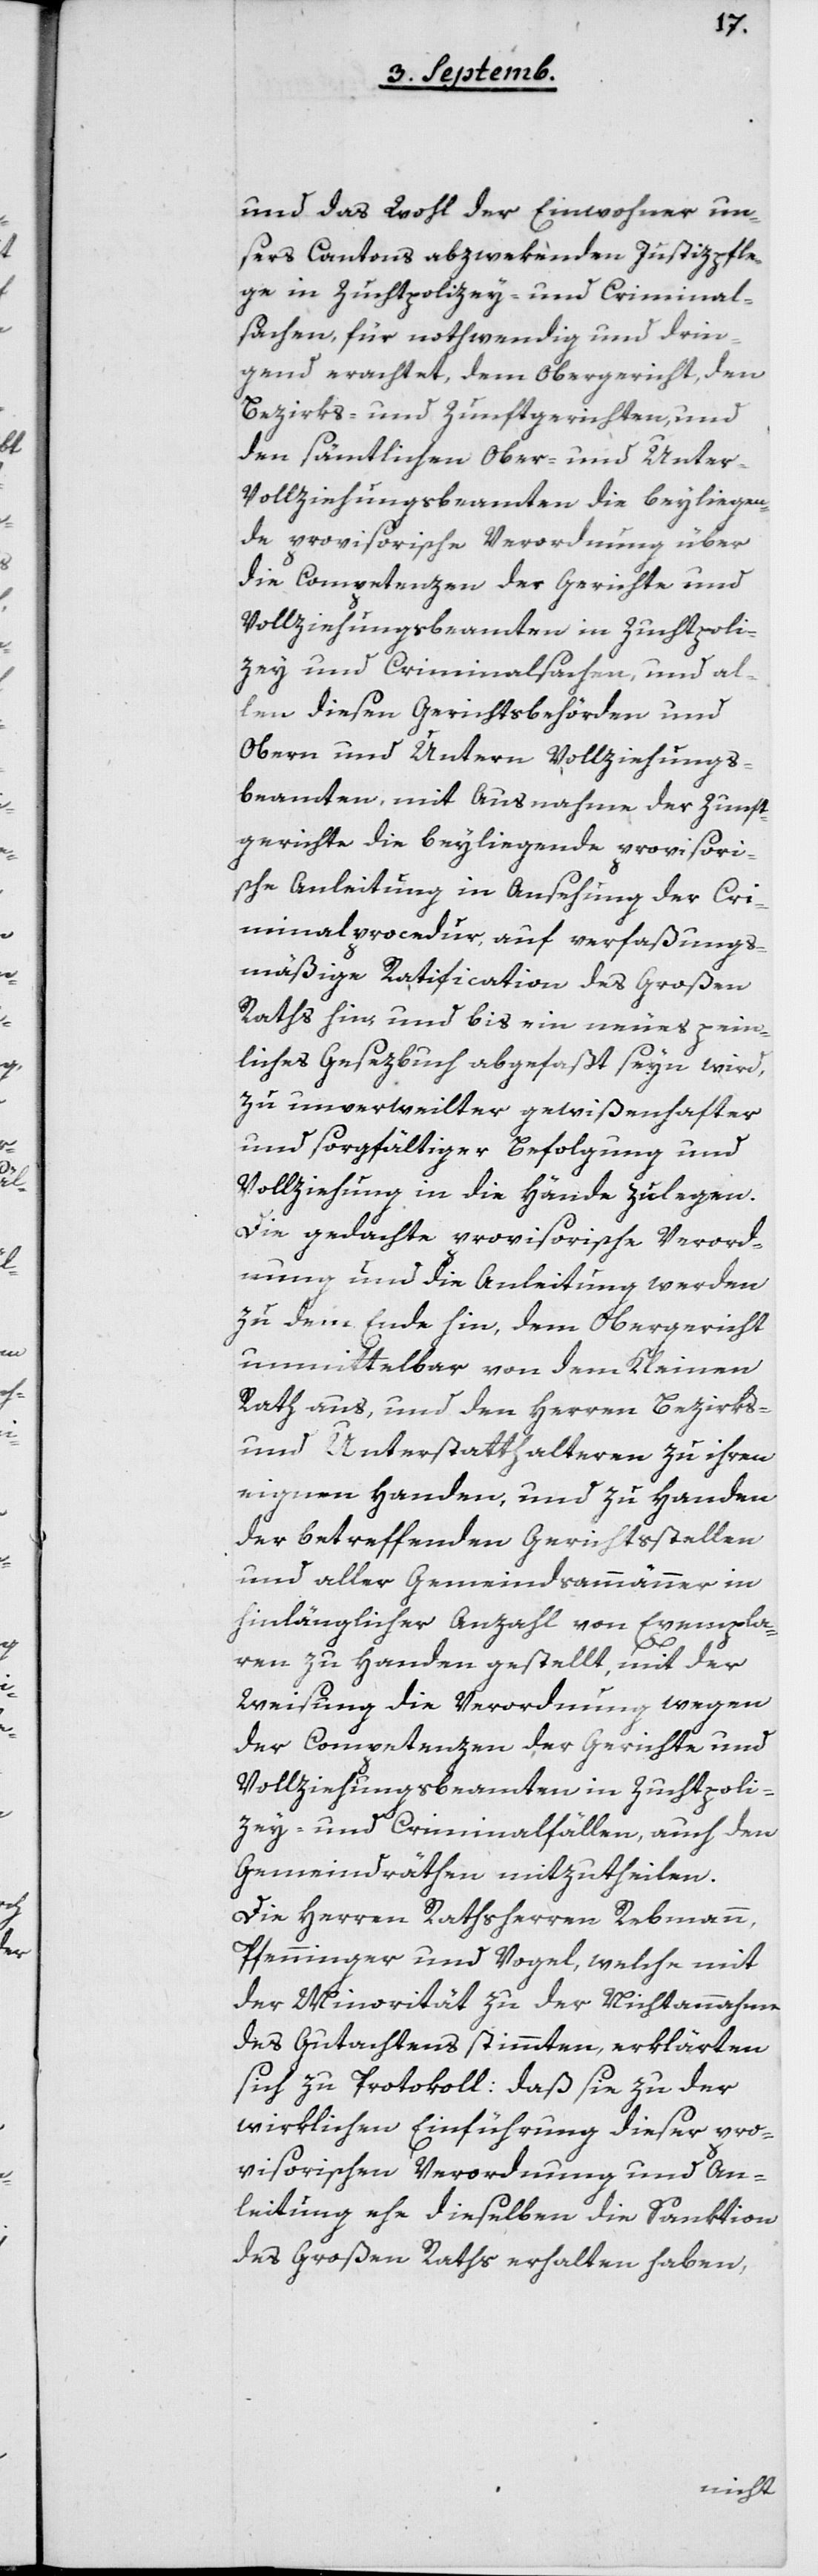
und das Wohl der Einwohner un¬
sers Cantons abzwekenden Justizpfle¬
ge in Zuchtpolizey- und Criminal¬
sachen, für nothwendig und drin¬
gend erachtet, dem Obergericht, den
Bezirks- und Zunftgerichten, und
den sämtlichen Ober- und Unter-V¬
ollziehungsbeamten die beyliegen¬
de provisorische Verordnung über
die Competenzen der Gerichte und
Vollziehungsbeamten in Zuchtpoli¬
zey und Criminalsachen, und al¬
len diesen Gerichtsbehörden und
Obern und Untern Vollziehungs¬
beamten, mit Ausnahme der Zunft¬
gerichte die beyliegende provisori¬
schen Anleitung in Ansehung der Cr¬
iminalprocedur, auf verfaßungs¬
mäßige Ratification des Großen
Raths hin, und bis ein neues pein¬
liches Gesezbuch abgefaßt seyn wird,
zu unverweilter gewißenhafter
und sorgfältiger Befolgung und
Vollziehung in die Hände zu legen.
Die gedachte provisorische Verord¬
nung und die Anleitung werden
zu dem Ende hin, dem Obergericht
unmittelbar von dem Kleinen
Rath aus, und den Herren Bezirks-
und Unterstatthalteren zu ihren
eignen Handen, und zu Handen
der betreffenden Gerichtsstellen
und aller Gemeindsammänner in
hinlänglicher Anzahl von Exempla¬
ren zu Handen gestellt, mit der
Weisung die Verordnung wegen
der Competenzen der Gerichte und
Vollziehungsbeamten in Zuchtpoli¬
zey- und Criminalfällen, auch den
Gemeindräthen mitzutheilen.
Die Herren Rathsherren Rebmann,
Pfenninger und Vogel, welche mit
der Minorität zu der Nichtannahme
des Gutachtens stimmten, erklärten
sich zu Protokoll: daß sie zu der
wirklichen Einführung dieser pro¬
visorischen Verordnung und An¬
leitung ehe dieselben die Sanktion
des Großen Raths erhalten haben,